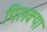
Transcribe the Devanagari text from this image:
पिलक्या